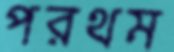
পরথম